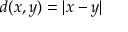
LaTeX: d ( x , y ) = | x - y |